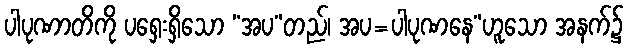
ပါပုဏာတိကို ပရှေးရှိသော “အပ”တည်၊ အပ=ပါပုဏနေ”ဟူသော အနက်၌